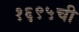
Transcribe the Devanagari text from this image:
१६९५ची